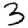
Digit: 3